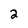
Character: 2